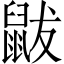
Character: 鼥